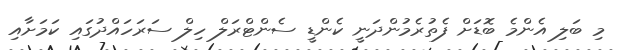
މި ބަލި އެންމެ ބޮޑަށް ފެތުރެމުންދަނީ ކެންޑީ ސެންޓްރަލް ހިލް ސަރަހައްދުގައި ކަމަށާއި